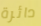
دائرة